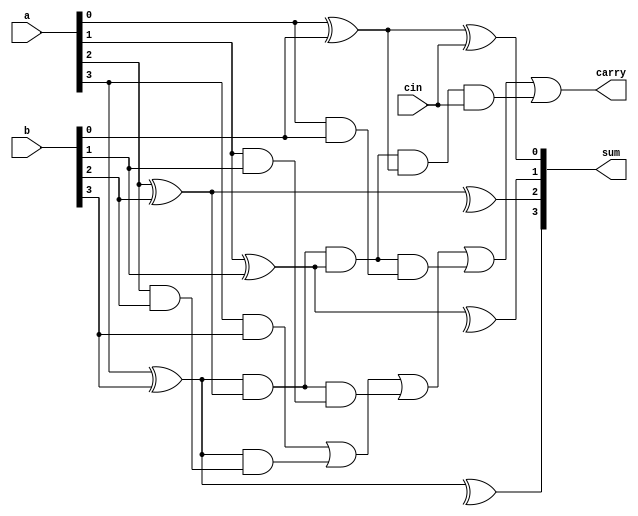
`timescale 1ns / 1ps

module carry_look_ahead_gen(
    input [3:0] a, b,
    input cin,
    output [3:0] sum,
    output carry
    );
wire p0, g0, p1, g1, p2, g2, p3, g3;
wire [3:0]c;

and (g0, a[0], b[0]),
    (g1, a[1], b[1]),
    (g2, a[2], b[2]),
    (g3, a[3], b[3]);

xor (p0, a[0], b[0]),
    (p1, a[1], b[1]),
    (p2, a[2], b[2]),
    (p3, a[3], b[3]);
    
xor (sum[0], p0, cin),
    (sum[1], p1, c0),
    (sum[2], p2, c1),
    (sum[3], p3, c2);

assign  c[0] = g0 | (p0 & cin),
        c[1] = g1 | (p1 & g0) | (p1 & p0 & cin),
        c[2] = g2 | (p2 & g1) | (p2 & p1 & g0) | (p2 & p1 & p0 & cin),
        c[3] = g3 | (p3 & g2) | (p3 & p2 & g1) | (p3 & p2 & p1 & g0) |(p3 & p2 & p1 & p0 & cin);
        
assign carry = c[3];
endmodule